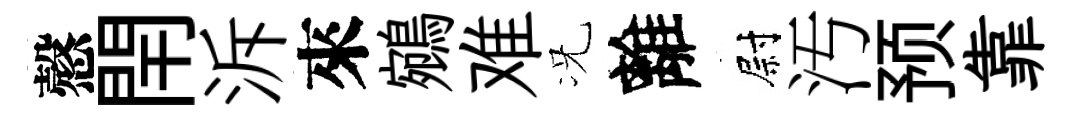
慤閈泝來鵷难况離尉汚预靠